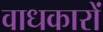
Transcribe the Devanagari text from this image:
वाधकारों